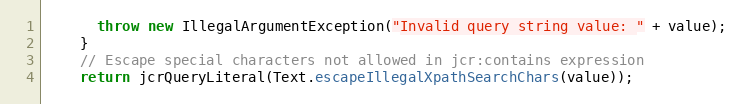
Language: Java
      throw new IllegalArgumentException("Invalid query string value: " + value);
    }
    // Escape special characters not allowed in jcr:contains expression
    return jcrQueryLiteral(Text.escapeIllegalXpathSearchChars(value));